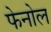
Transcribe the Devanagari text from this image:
फेनोल